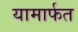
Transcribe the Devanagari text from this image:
यामार्फत